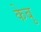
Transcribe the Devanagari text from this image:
केबु